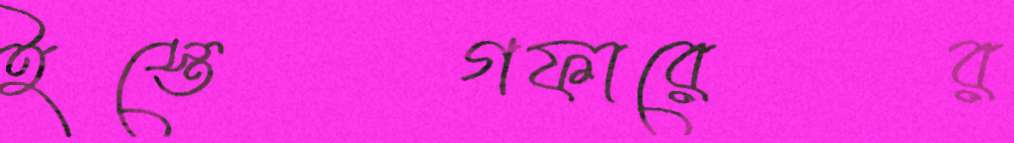
ইস্তেগফারের